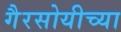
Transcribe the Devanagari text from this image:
गैरसोयीच्या